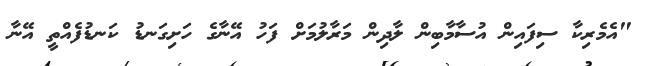
"އެމެރިކާ ސިފައިން އުސާމާބިން ލާދިން މަރާލުމަށް ފަހު އޭނާގެ ހަށިގަނޑު ކަނޑުފެއްތީ އޭނާ